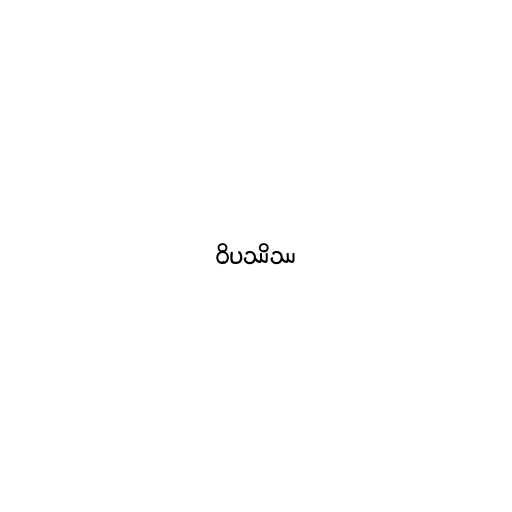
ဝိပဿိဿ